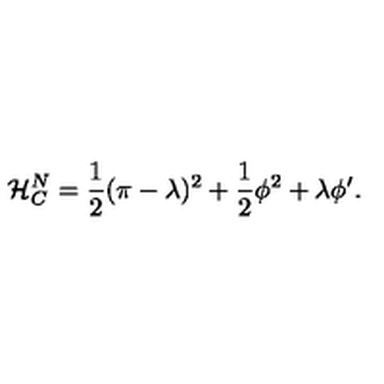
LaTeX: { \cal { H } } _ { C } ^ { N } = \frac { 1 } { 2 } ( \pi - \lambda ) ^ { 2 } + \frac { 1 } { 2 } \phi ^ { 2 } + \lambda \phi ^ { \prime } .